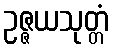
ဥဇ္ဇယသုတ္တံ